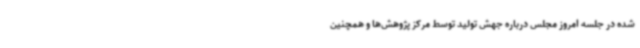
شده در جلسه امروز مجلس درباره‌ جهش تولید توسط مرکز پژوهش‌ها و همچنین